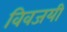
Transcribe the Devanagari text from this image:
विवजयी